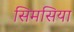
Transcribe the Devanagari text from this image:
सिमसिया